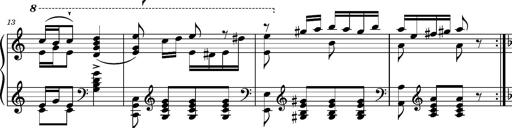
Title: Ungarischer Romanzero
Composer: Franz Liszt